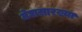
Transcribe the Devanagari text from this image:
मेघासारख्या